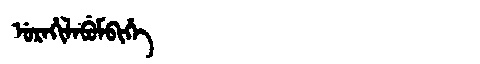
Manchu: ᡠᡵᠠᡥᡳᠯᠠᠪᡠᠮᠪᡳᡥᡝ
Romanization: URAHILABUMBIHE